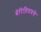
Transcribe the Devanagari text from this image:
बेरिलियमचे